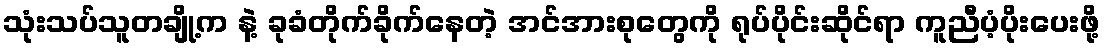
သုံးသပ်သူတချို့က နဲ့ ခုခံတိုက်ခိုက်နေတဲ့ အင်အားစုတွေကို ရုပ်ပိုင်းဆိုင်ရာ ကူညီပံ့ပိုးပေးဖို့